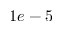
1 e - 5